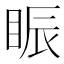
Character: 䀼